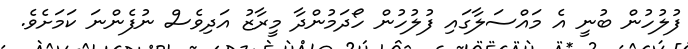
ފުލުހުން ބުނީ އެ މައްސަލާގައި ފުލުހުން ހޯދަމުންދާ މީރާޒު އަދިވެސް ނުފެންނަ ކަމަށެވެ.